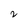
Character: 2